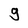
Character: 9